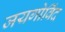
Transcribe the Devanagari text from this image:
जयगोविंद